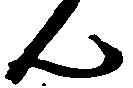
ん